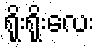
ရိုးရိုးလေး